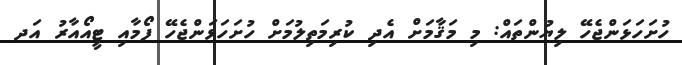
ހުށަހަޅަންޖެހޭ ލިޔުންތައް: މި މަޤާމަށް އެދި ކުރިމަތިލުމަށް ހުށަހަޅަންޖެހޭ ފޯމާއި ޓީއޯއާރު އަދ